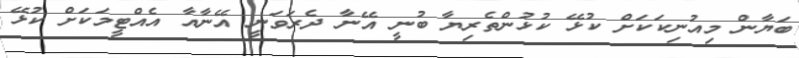
ބަޔާން މިއުނިކަކަށް ކުޅޭ ކުޅުންތެރިޔާ ބުނީ އޭނާ ދެރަވަނީ އޭނާއާ އެއްޓީމަކަށް ކުޅޭ